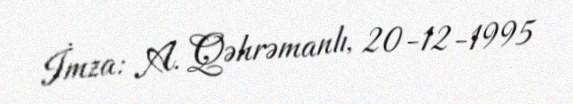
İmza: A. Qəhrəmanlı, 20-12-1995